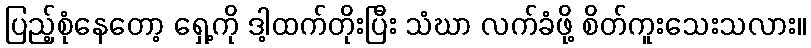
ပြည့်စုံနေတော့ ရှေ့ကို ဒါ့ထက်တိုးပြီး သံဃာ လက်ခံဖို့ စိတ်ကူးသေးသလား။